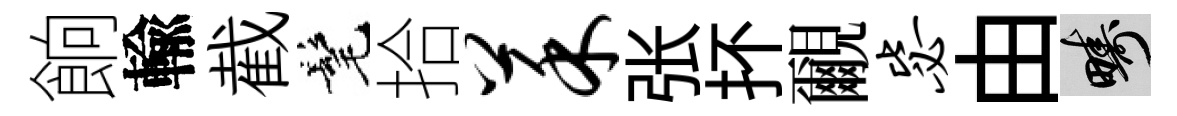
餉輸截髦拾菜张抔覼毖由疇